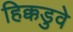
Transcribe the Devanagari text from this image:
हिक्कडुवे